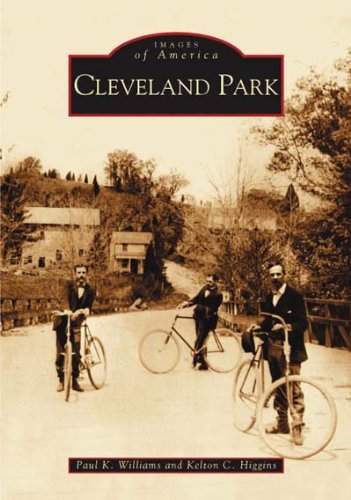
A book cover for Cleveland Park (Images of America (Arcadia Publishing)); Paul K. Williams; Travel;